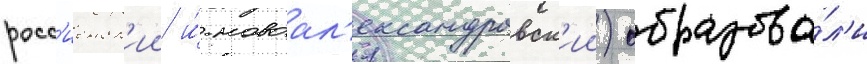
росс'иенск'ии и́ новоал'ександровск'ии) образова́л'и